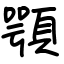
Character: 顎